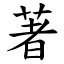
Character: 著